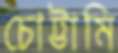
চোট্টামি